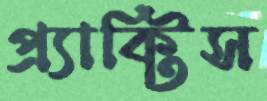
প্র্যাক্টিস